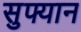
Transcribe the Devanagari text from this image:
सुफ्यान